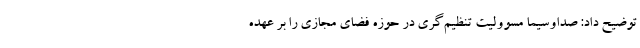
توضیح داد: صداوسیما مسوولیت تنظیم‌گری در حوزه فضای مجازی را بر عهده